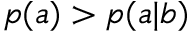
p ( a ) > p ( a | b )